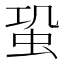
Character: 𧉨